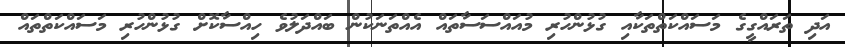
އަދި ތަރައްގީގެ މަސައްކަތްތަކާއި ގުޅުންހުރި މުއައްސަސާތައް އެއްތަނަކުން ބައްދަލުވެ ހިއްސާކޮށް ގުޅުންހުރި މަސައްކަތްތައް